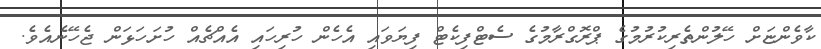
ކާވެންޏަށް ހޭލުންތެރިކުރުމުގެ ޕްރޮގްރާމުގެ ސެޓްފިކެޓް ފިޔަވައި އެހެން ހުރިހައި އެއްޗެއް ހުށަހަޅަން ޖެހޭނެއެވެ.